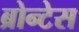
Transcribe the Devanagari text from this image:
ब्रोन्टेस